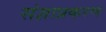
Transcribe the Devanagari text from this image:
संज्ञाप्रकरण